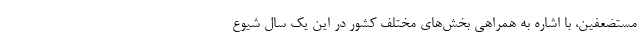
مستضعفین، با اشاره به همراهی بخش‌های مختلف کشور در این یک سال شیوع